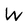
Character: W